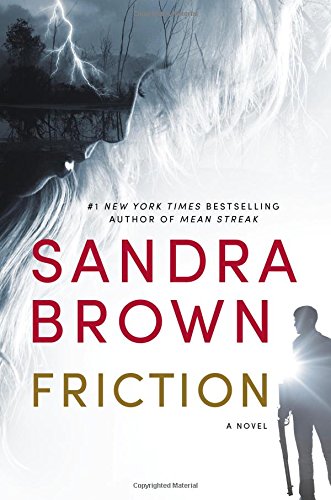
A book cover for Friction; Sandra Brown; Mystery, Thriller & Suspense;